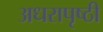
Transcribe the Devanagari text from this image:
अधरापृष्ठी